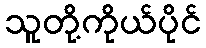
သူတို့ကိုယ်ပိုင်